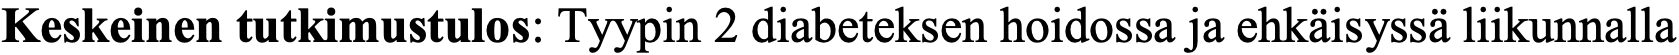
Keskeinen tutkimustulos: Tyypin 2 diabeteksen hoidossa ja ehkäisyssä liikunnalla